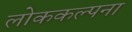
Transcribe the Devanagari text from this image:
लोककल्पना